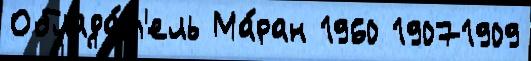
Облада́т'ель Ма́ран 1960 19071909